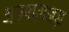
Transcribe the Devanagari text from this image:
अयमात्माब्रह्म